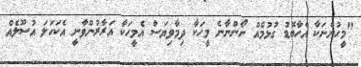
"މީހުންނަކާ އެހާބޮޑު ގުޅުމެއް ނޯންނާނެ މީހަކާ ދިމާވިޔަސް އެމީހަކާ އަރާރުންވާނީ އެކަހަލަ އުސޫލެއް